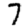
Digit: 7